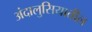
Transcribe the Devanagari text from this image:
अंदालुसियातील